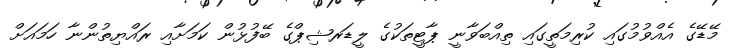
މޭޑޭގެ އެއްވުމުގައި ކުރިމަތީގައި ތިއްބަވާނީ ޕާޓީތަކުގެ ލީޑަރޝިޕްގެ ބޭފުޅުން ކަމަށާއި ރައްޔިތުންނާ ހަމައަށް